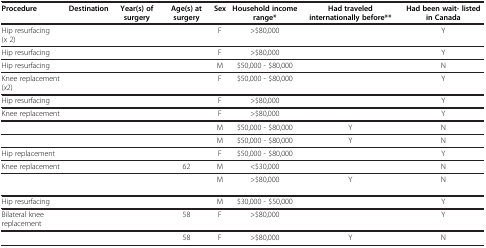
<table><thead><tr><td><b>Procedure</b></td><td><b>Destination</b></td><td><b>Year(s) of surgery</b></td><td><b>Age(s) at surgery</b></td><td><b>Sex</b></td><td><b>Household income range*</b></td><td><b>Had traveled internationally before**</b></td><td><b>Had been wait- listed in Canada</b></td></tr></thead><tbody><tr><td>Hip resurfacing (x 2)</td><td>[EMPTY_CELL]</td><td>[EMPTY_CELL]</td><td>[EMPTY_CELL]</td><td>F</td><td>&gt;$80,000</td><td>[EMPTY_CELL]</td><td>Y</td></tr><tr><td>Hip resurfacing</td><td>[EMPTY_CELL]</td><td>[EMPTY_CELL]</td><td>[EMPTY_CELL]</td><td>F</td><td>&gt;$80,000</td><td>[EMPTY_CELL]</td><td>Y</td></tr><tr><td>Hip resurfacing</td><td>[EMPTY_CELL]</td><td>[EMPTY_CELL]</td><td>[EMPTY_CELL]</td><td>M</td><td>$50,000 - $80,000</td><td>[EMPTY_CELL]</td><td>N</td></tr><tr><td>Knee replacement (<i>x</i>2)</td><td>[EMPTY_CELL]</td><td>[EMPTY_CELL]</td><td>[EMPTY_CELL]</td><td>F</td><td>$50,000 - $80,000</td><td>[EMPTY_CELL]</td><td>Y</td></tr><tr><td>Hip resurfacing</td><td>[EMPTY_CELL]</td><td>[EMPTY_CELL]</td><td>[EMPTY_CELL]</td><td>F</td><td>&gt;$80,000</td><td>[EMPTY_CELL]</td><td>Y</td></tr><tr><td>Knee replacement</td><td>[EMPTY_CELL]</td><td>[EMPTY_CELL]</td><td>[EMPTY_CELL]</td><td>F</td><td>&gt;$80,000</td><td>[EMPTY_CELL]</td><td>Y</td></tr><tr><td>[EMPTY_CELL]</td><td>[EMPTY_CELL]</td><td>[EMPTY_CELL]</td><td>[EMPTY_CELL]</td><td>M</td><td>$50,000 - $80,000</td><td>Y</td><td>N</td></tr><tr><td>[EMPTY_CELL]</td><td>[EMPTY_CELL]</td><td>[EMPTY_CELL]</td><td>[EMPTY_CELL]</td><td>M</td><td>$50,000 - $80,000</td><td>Y</td><td>N</td></tr><tr><td>Hip replacement</td><td>[EMPTY_CELL]</td><td>[EMPTY_CELL]</td><td>[EMPTY_CELL]</td><td>F</td><td>$50,000 - $80,000</td><td>[EMPTY_CELL]</td><td>Y</td></tr><tr><td>Knee replacement</td><td>[EMPTY_CELL]</td><td>[EMPTY_CELL]</td><td>62</td><td>M</td><td>&lt;$30,000</td><td>[EMPTY_CELL]</td><td>N</td></tr><tr><td>[EMPTY_CELL]</td><td>[EMPTY_CELL]</td><td>[EMPTY_CELL]</td><td>[EMPTY_CELL]</td><td>M</td><td>&gt;$80,000</td><td>Y</td><td>N</td></tr><tr><td>Hip resurfacing</td><td>[EMPTY_CELL]</td><td>[EMPTY_CELL]</td><td>[EMPTY_CELL]</td><td>M</td><td>$30,000 - $50,000</td><td>[EMPTY_CELL]</td><td>Y</td></tr><tr><td>Bilateral knee replacement</td><td>[EMPTY_CELL]</td><td>[EMPTY_CELL]</td><td>58</td><td>F</td><td>&gt;$80,000</td><td>[EMPTY_CELL]</td><td>Y</td></tr><tr><td>[EMPTY_CELL]</td><td>[EMPTY_CELL]</td><td>[EMPTY_CELL]</td><td>58</td><td>F</td><td>&gt;$80,000</td><td>Y</td><td>N</td></tr></tbody></table>